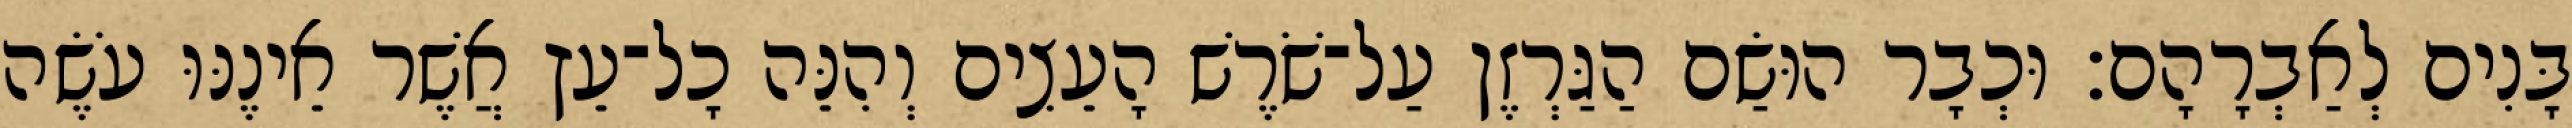
בָּנִים לְאַבְרָהָם׃ וּכְבָר הוּשַׂם הַגַּרְזֶן עַל־שֹׁרֶשׁ הָעֵצִים וְהִנֵּה כָל־עֵץ אֲשֶׁר אֵינֶנּוּ עֹשֶׂה